Lunatic asylums United Provinces 1909-1921 - 1909-1921
Year: 1909
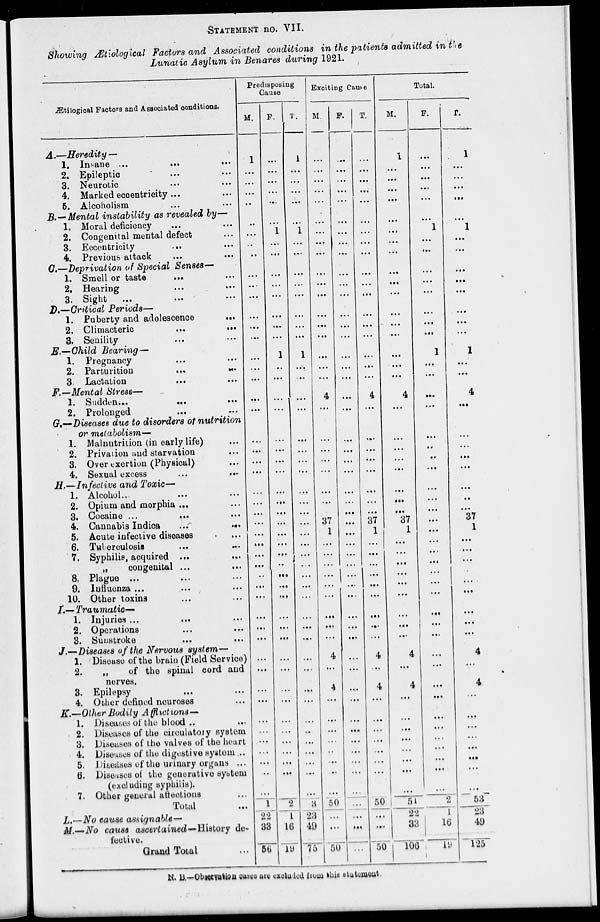
STATEMENT no. VII.
Showing Ætiological Factors and Associated conditions in the patients admitted in the
Lunatic Asylum in Benares during 1921.
Ætilogioal Factors and Associated conditions.
A.—Heredity —
1.
2.
3.
4.
5.
Insane ...
... ...
Epileptic ... ...
Neurotic ... ...
Marked eccentricity ... ...
Alcoholism ... ...
B.—Mental instability as revealed by—
1.
2.
3.
4.
Moral deficiency ... ...
Congenital mental defect ...
Eccentricity
... ...
Previous attack
... ...
C.—Deprivation of Special Senses—
1.
2.
3.
Smell or taste
... ...
Hearing ... ...
Sight
... ... ...
D.—Critical Periods—
1.
2.
3.
Puberty and adolescence
...
Climacteric
...
...
Senility ... ...
E.—Child Bearing —
1.
2.
3.
Pregnancy ... ...
Parturition
... ...
Lactation
...
...
F.—Mental Stress—
1.
2.
Sudden...
...
...
Prolonged ... ...
G.—Diseases due to disorders of nutrition
or metabolism—
1.
2.
3.
4.
Malnutrition (in early life) ...
Privation and starvation ...
Over exertion (Physical) ...
Sexual excess ... ...
H.—Infective and Toxic—
1.
2.
3.
4.
5.
6.
7.
8.
9.
10.
Alcohol. ... ...
Opium and morphia ... ...
Cocaine ...
... ...
Cannabis Indica
...
...
Acute infective diseases ...
Tuberculosis ... ...
Syphilis, acquired ... ...
„
congenital ... ...
Plague ... ... ...
Influenza ... ... ...
Other toxins ... ...
I.— Traumatic—
1.
2.
3.
Injuries ... ... ...
Operations ... ...
Sunstroke ... ...
J.—Diseases of the Nervous system—
1.
2.
3.
4.
Disease of the brain (Field Service)
„
of the spinal cord and
nerves.
Epilepsy ... ...
Other defined neuroses ...
K.—Other Bodily Afflictions—
1.
2.
3.
4.
5.
6.
7.
Diseases of the blood .. ...
Diseases of the circulatory system
Diseases of the valves of the heart
Diseases of the digestive systom...
Diseases of the urinary organs ...
Diseases of the generative system
(excluding syphilis).
Other general affections ...
Total ...
L.—No cause assignable—
M.—No cause ascertained—History de-
fective.
Grand Total ...
Predisposing
Cause
M.
1
...
...
...
...
...
...
...
...
...
...
...
...
...
...
...
...
...
...
...
...
...
...
...
...
...
...
...
...
...
...
...
..
...
...
...
...
...
...
...
...
...
...
...
...
...
...
...
...
1
22
33
56
F.
...
...
...
...
...
...
1
...
...
...
...
...
...
...
...
1
...
...
...
...
...
...
...
...
...
...
...
...
...
...
...
..
...
...
...
...
...
...
...
...
...
...
...
...
...
...
...
...
...
2
1
16
19
T.
1
...
...
...
...
...
1
...
...
...
...
...
...
...
...
1
...
...
...
...
...
...
...
...
...
...
...
...
...
...
...
...
...
...
...
...
...
...
...
...
...
...
...
..
...
...
...
...
...
3
23
49
75
Exciting Cause
M.
...
...
...
...
...
...
...
...
...
...
...
...
...
...
...
...
...
...
4
...
...
...
...
...
...
...
...
37
1
...
...
...
...
...
...
...
...
...
4
...
4
...
...
...
...
...
...
...
...
50
...
...
50
F.
...
...
...
...
...
...
...
...
...
...
...
...
...
...
...
...
...
...
...
...
...
...
...
...
...
...
...
...
...
...
...
...
...
...
...
...
...
...
...
...
...
...
...
...
...
...
...
...
...
...
...
...
...
T.
...
...
...
...
...
...
...
...
...
...
...
...
...
...
...
...
...
...
4
...
...
...
...
...
...
...
...
37
1
...
...
...
...
...
...
...
...
...
4
...
4
...
...
...
...
...
...
...
...
50
...
...
50
Total.
M.
1
...
...
...
...
...
...
...
...
...
...
...
...
...
...
...
...
...
4
...
...
...
...
...
...
...
...
37
1
...
...
...
...
...
...
...
...
...
4
...
4
...
...
...
...
...
...
...
...
51
22
33
106
F.
...
...
...
...
...
...
1
...
...
...
...
...
...
...
...
1
...
...
...
...
...
...
...
...
...
...
...
...
...
...
...
...
...
...
...
...
...
...
...
...
...
...
...
...
...
...
...
...
...
2
1
16
19
T.
1
...
...
...
...
...
1
...
...
...
...
...
...
...
...
1
...
...
4
...
...
...
...
...
...
..
...
37
1
...
...
...
...
...
...
...
...
...
4
...
4
...
...
...
...
...
...
...
...
53
23
49
125
N. B.—Observation cases are excluded from this statement